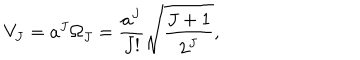
V _ { J } = a ^ { J } \Omega _ { J } = { \frac { a ^ { J } } { J ! } } \sqrt { \frac { J + 1 } { 2 ^ { J } } } ,